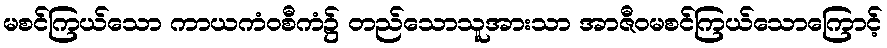
မစင်ကြယ်သော ကာယကံဝစီကံ၌ တည်သောသူအားသာ အာဇီဝမစင်ကြယ်သောကြောင့်